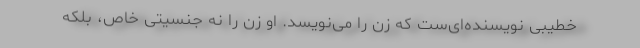
خطیبی نویسنده‌ای‌ست که زن را می‌نویسد. او زن را نه جنسیتی خاص، بلکه